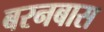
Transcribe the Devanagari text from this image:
बरनबास